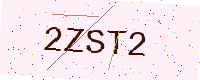
Text: 2ZST2